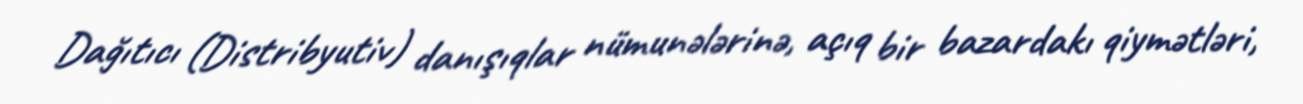
Dağıtıcı (Distribyutiv) danışıqlar nümunələrinə, açıq bir bazardakı qiymətləri,